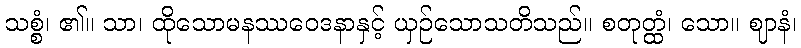
သစ္စံ၊ ၏။ သာ၊ ထိုသောမနဿဝေဒနာနှင့် ယှဉ်သောသတိသည်။ စတုတ္ထံ၊ သော။ ဈာနံ၊